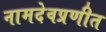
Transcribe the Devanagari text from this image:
नामदेवप्रणीत